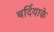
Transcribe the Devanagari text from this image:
बर्दियाके